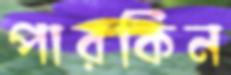
পারকিন